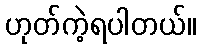
ဟုတ်ကဲ့ရပါတယ်။